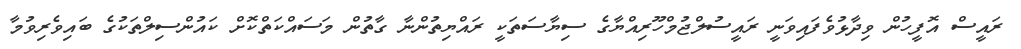
ރައީސް އޮފީހުން ވިދާޅުވެފައިވަނީ ރައީސުލްޖުމްހޫރިއްޔާގެ ސިޔާސަތަކީ ރައްޔިތުންނާ ގާތުން މަސައްކަތްކޮށް ކައުންސިލްތަކުގެ ބައިވެރިވުމާ